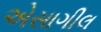
એસાગીલ